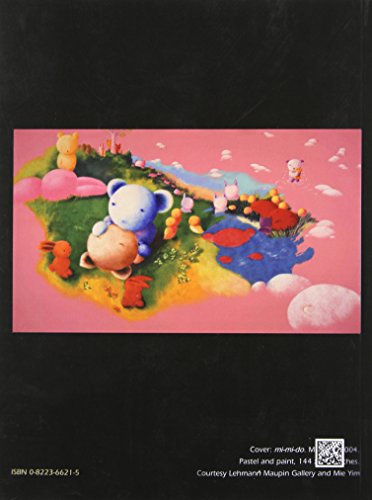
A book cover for Social Text 84-85: What's Queer about Queer Studies Now?; David L. Eng; Gay & Lesbian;